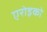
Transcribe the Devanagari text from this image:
एरोइको